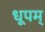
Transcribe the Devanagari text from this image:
धूपम्‌